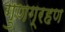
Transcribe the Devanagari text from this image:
गुणग्रहण